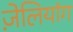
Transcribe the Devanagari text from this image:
ज़ेलियांग